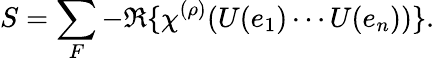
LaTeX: S=\sum_{F}-\Re\{ \chi^{(\rho)}(U(e_{1})\cdots U(e_{n}))\} .